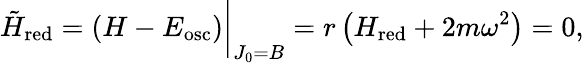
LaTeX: {\tilde{H}}_{\mathrm{red}}=(H-E_{\mathrm{osc}})\bigg\vert_{J_{0}=B}=r\left(H_{\mathrm{red}}+2m\omega^{2}\right)=0,